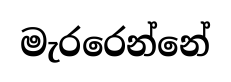
මැරරෙන්නේ